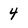
Character: 4